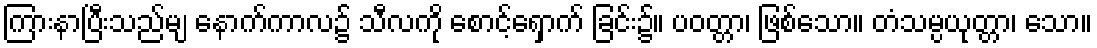
ကြားနာပြီးသည်မျ နောက်ကာလ၌ သီလကို စောင့်ရှောက် ခြင်း၌။ ပဝတ္တာ၊ ဖြစ်သော။ တံသမ္ပယုတ္တာ၊ သော။